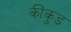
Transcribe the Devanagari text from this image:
कींकुड